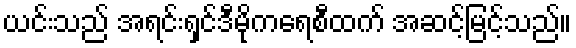
ယင်းသည် အရင်းရှင်ဒီမိုကရေစီထက် အဆင့်မြင့်သည်။